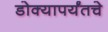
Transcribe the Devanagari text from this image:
डोक्यापर्यंतचे